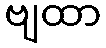
ဗျထာ